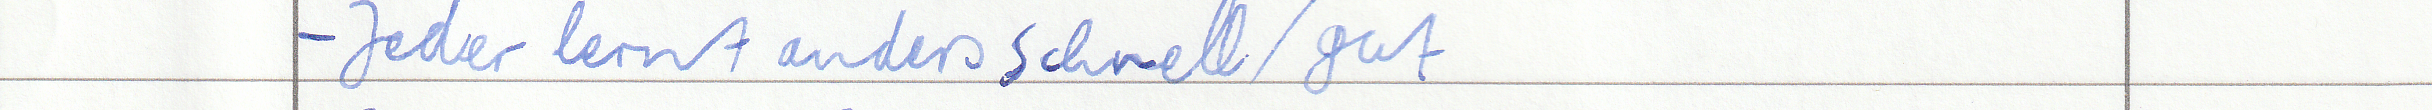
- Jeder lernt anders schnell / gut